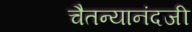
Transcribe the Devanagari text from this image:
चैतन्यानंदजी